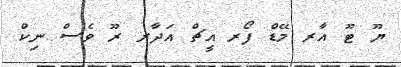
ޔޫ ޓޫ އާރ މޭޑް ފޯރ އީޗް އަދާރ ރޫ ވެސް ނިކް